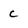
Character: c